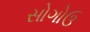
સોગોઉ